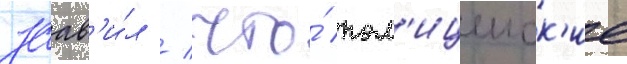
заав'и́л / что́ пол'ицеиск'ие